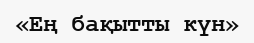
«Ең бақытты күн»